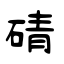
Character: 碃